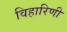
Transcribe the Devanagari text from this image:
विहारिणी